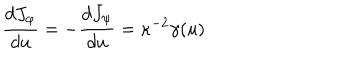
{ \frac { d J _ { \varphi } } { d u } } = - { \frac { d J _ { \psi } } { d u } } = \kappa ^ { - 2 } \gamma ( u )